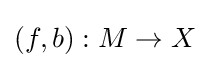
(f,b):M\to X